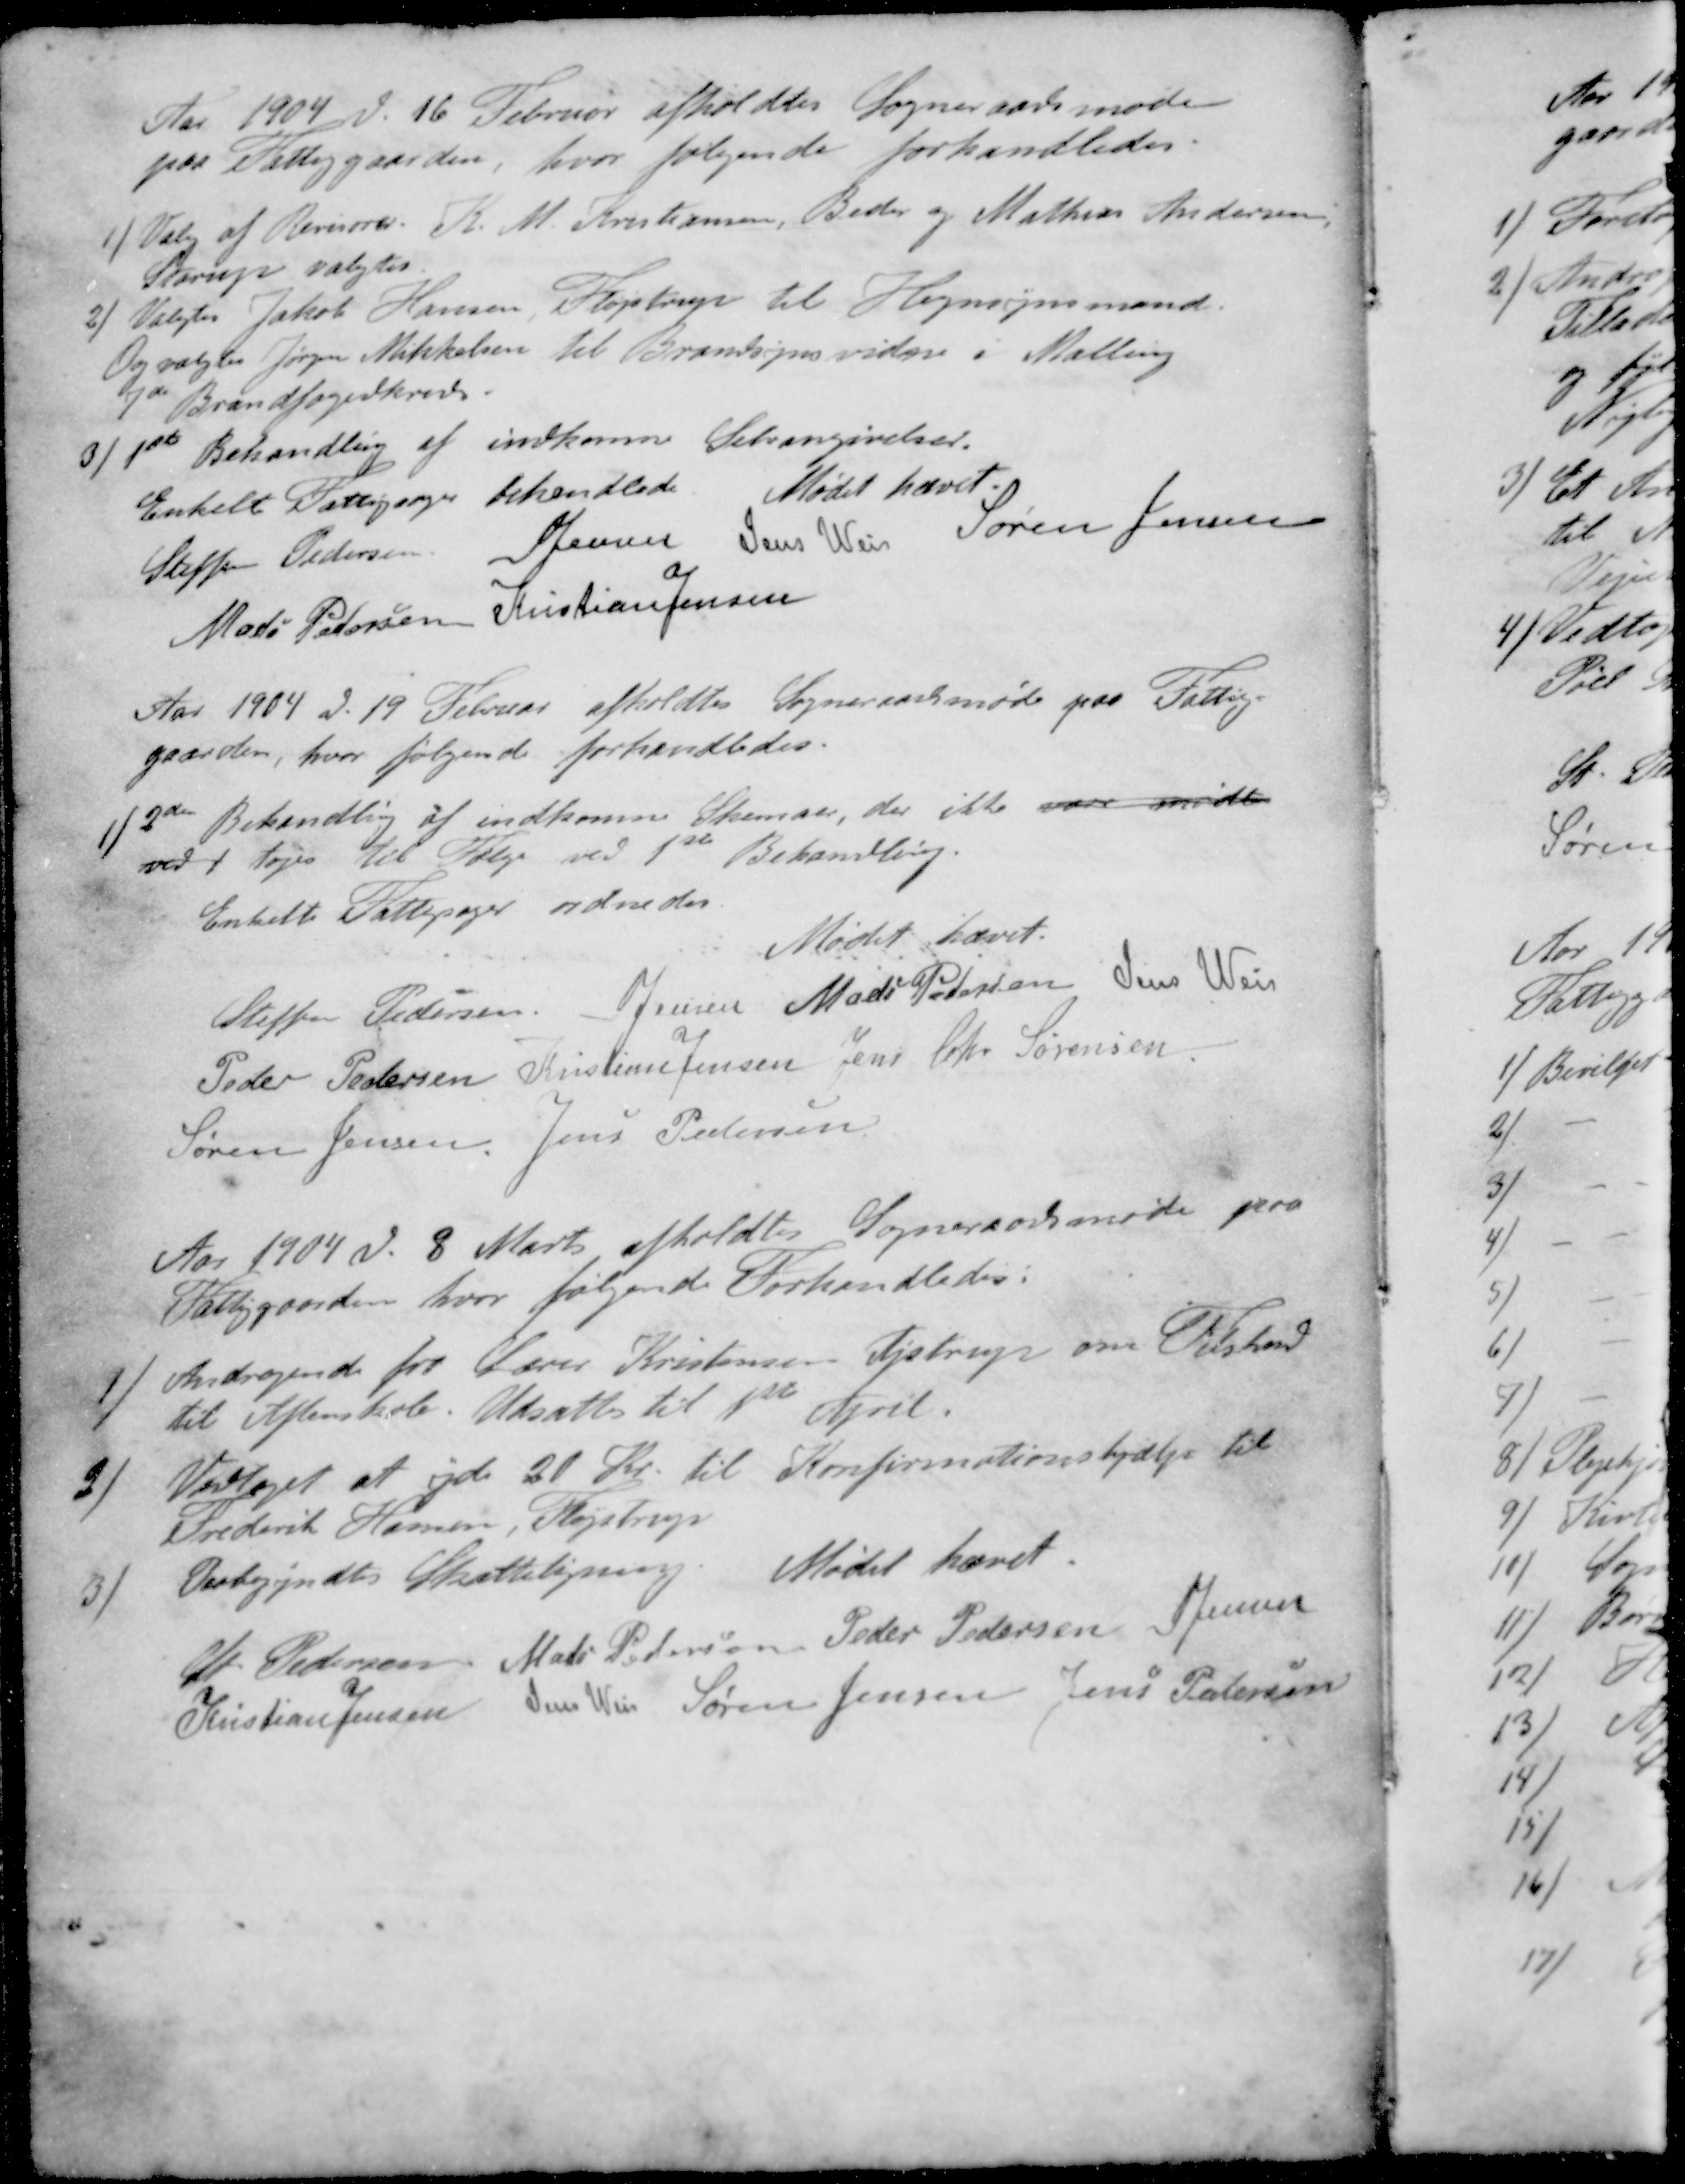
Transskription:
Aar 1904 d. 16 Februar afholdtes Sogneraadsmøde
paa Fattiggaarden, hvor følgende forhandledes:
1 / Valg af Revisorer. K M Kristiansen, Beder og Mathias Andersen,
Starup valgtes
2 / Valgtes Jakob Hansen Fløjstrup til Hegnsynsmand
Og valgtes Jørgen Mikkelsen til Brandsynsvidne i Malling
7de Brandfogedkreds.
3 / 1ste Behandling af indkomne Selvangivelser.
Enkelt Fattigsager behandlede Mødet hævet.
Steffen Pedersen
S Jensen
Jens Weis
Søren Jensen
Mads Pedersen
Kristian Jensen
Aar 1904 d. 19 Februar afholdtes Sogneraadsmøde paa Fattig-
gaarden, hvor følgende forhandledes.
1 / 2de Behandling af indkomne Skemaer, der ikke vare mødte
ved i toges til Følge ved 1ste Behandling.
Enkelte Fattigsager ordnedes
Mødet hævet.
Steffen Pedersen
S Jensen
Mads Pedersen
Jens Weis
Peder Pedersen
Kristian Jensen
Jens Chr Sørensen
Søren Jensen
Jens Pedersen
Aar 1904 d. 8. Marts afholdtes Sogneraadsmøde paa
Fattiggaarden, hvor følgende Forhandledes:
1 / Andragende fra Lærer Kristensen Fløjstrup om Tilskud
til Aftenskole. Udsattes til 1ste April.
2 / Vedtaget at yde 20 Kr. til Konfirmationshjælp til
Frederik Hansen, Fløjstrup
3 / Paabegyndtes Skatteligning. Mødet hævet.
St Pedersen
Mads Pedersen
Peder Pedersen
S Jensen
Kristian Jensen
Jens Weis
Søren Jensen
Jens Petersen